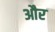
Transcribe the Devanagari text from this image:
और